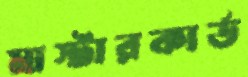
মাস্টারকার্ড